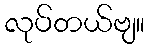
လုပ်တယ်ဗျ။